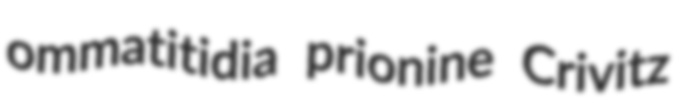
ommatitidia prionine Crivitz